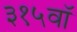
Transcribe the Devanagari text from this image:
३१५वॉ